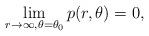
LaTeX: \begin{align*}\begin{aligned}\lim_{r\to\infty,\theta=\theta_{0}}p(r,\theta)=0,\end{aligned}\end{align*}